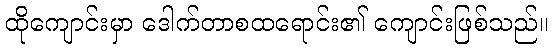
ထိုကျောင်းမှာ ဒေါက်တာစထရောင်း၏ ကျောင်းဖြစ်သည်။